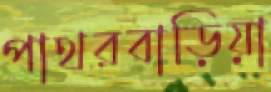
পাথরবাড়িয়া